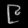
Digit: ၉